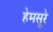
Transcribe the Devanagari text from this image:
हेमसूरे